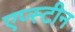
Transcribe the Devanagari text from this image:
एप्स्टीन